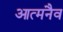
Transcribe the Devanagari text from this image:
आत्मनैव